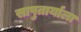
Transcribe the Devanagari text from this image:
सापुतार्याला